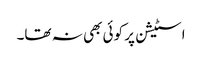
اسٹیشن پر کوئی بھی نہ تھا۔